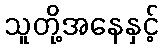
သူတို့အနေနှင့်